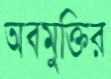
অবমুক্তির